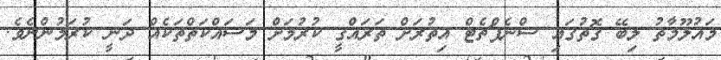
މައުލޫމާތު ލިބޭ ގޮތުގައި ސްނެޕްޗެޓް އިތުރަށް ތަރައްޤީ ކުރުމަށް މަސައްކަތްތަކެއް ދަނީ ކުރަމުންނެވެ.